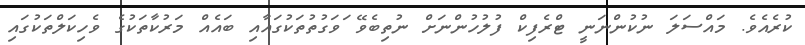
ކުރެއެވެ. މައްސަލަ ނުކުންނަނީ ޓްރެފިކް ފުލުހުންނަށް ނުތިބެވޭ ަވަގުތުތަކުގައާއި ބައެއް މަރުކާތަކުގެ ވެހިކަލްތަކުގައި